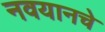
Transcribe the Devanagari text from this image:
नवयानचे